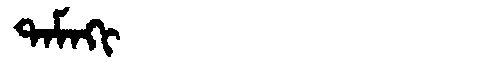
Manchu: ᡨᠠᠮᠠᡴᡳ
Romanization: TAMAKI